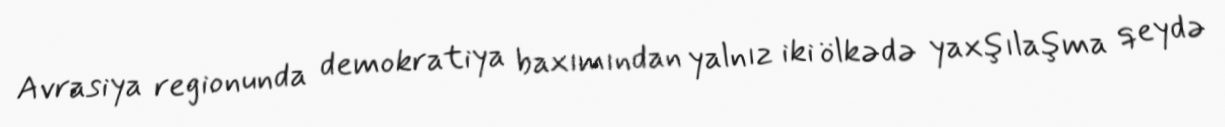
Avrasiya regionunda demokratiya baxımından yalnız iki ölkədə yaxşılaşma qeydə